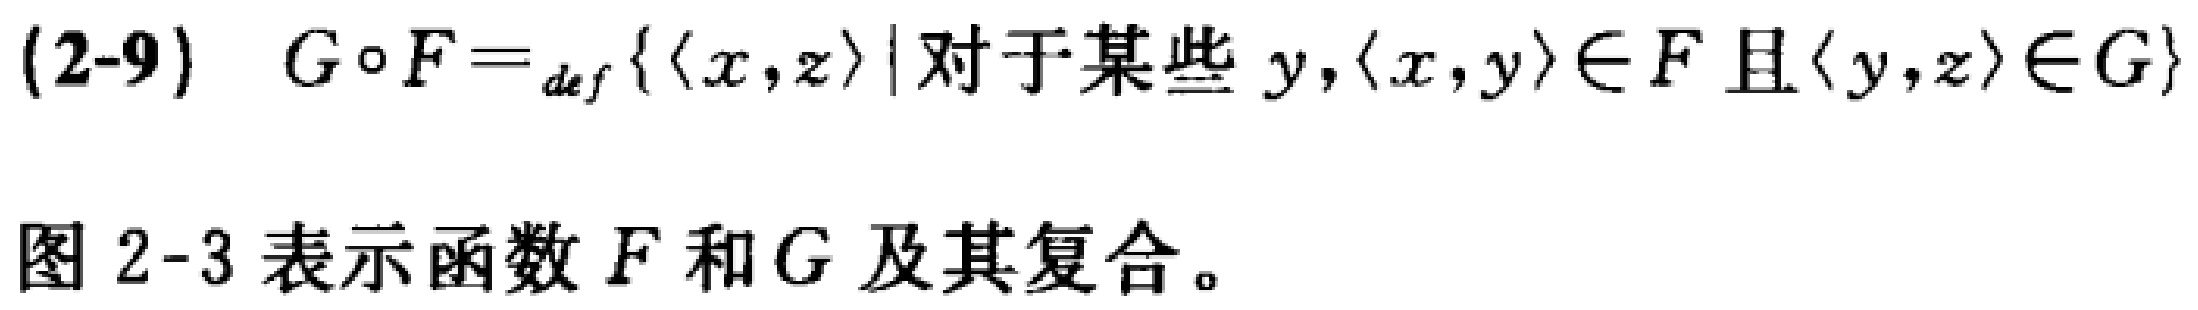
(2-9) \(G\circ F =_{def} \{\langle x,z\rangle\mid \text{对于某些 } y,\langle x,y\rangle\in F \text{ 且 }\langle y,z\rangle\in G\}\)

图 2-3 表示函数 \(F\) 和 \(G\) 及其复合。